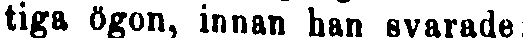
tiga ögon, innan han svarade: